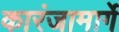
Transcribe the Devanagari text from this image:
कारंजामार्गे